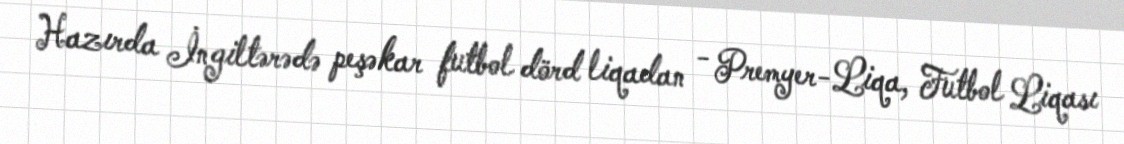
Hazırda İngiltərədə peşəkar futbol dörd liqadan - Premyer-Liqa, Futbol Liqası